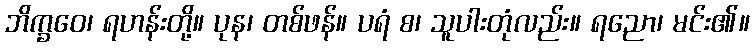
ဘိက္ခဝေ၊ ရဟန်းတို့။ ပုန၊ တစ်ဖန်။ ပရံ စ၊ သူပါးတုံလည်း။ ရညော၊ မင်း၏။